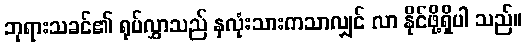
ဘုရားသခင်၏ ရုပ်လွှာသည် နှလုံးသားကသာလျှင် လာ နိုင်ဖို့ရှိပါ သည်။